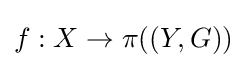
f:X\to \pi ((Y,G))